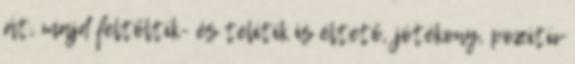
át, majd feltőltik- és telítik is éltető, jótékony, pozitív